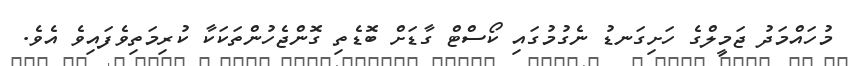
މުހައްމަދު ޖަމީލްގެ ހަށިގަނޑު ނެގުމުގައި ކޯސްޓް ގާޑަށް ބޮޑެތި ގޮންޖެހުންތަކަކާ ކުރިމަތިވެފައިވެ އެވެ.